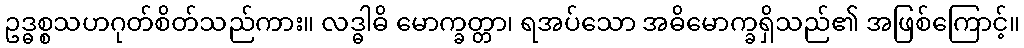
ဥဒ္ဓစ္စသဟဂုတ်စိတ်သည်ကား။ လဒ္ဓါဓိ မောက္ခတ္တာ၊ ရအပ်သော အဓိမောက္ခရှိသည်၏ အဖြစ်ကြောင့်။